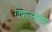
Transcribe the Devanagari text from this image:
गोपालनाच्या